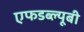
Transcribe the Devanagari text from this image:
एफडब्ल्यूबी